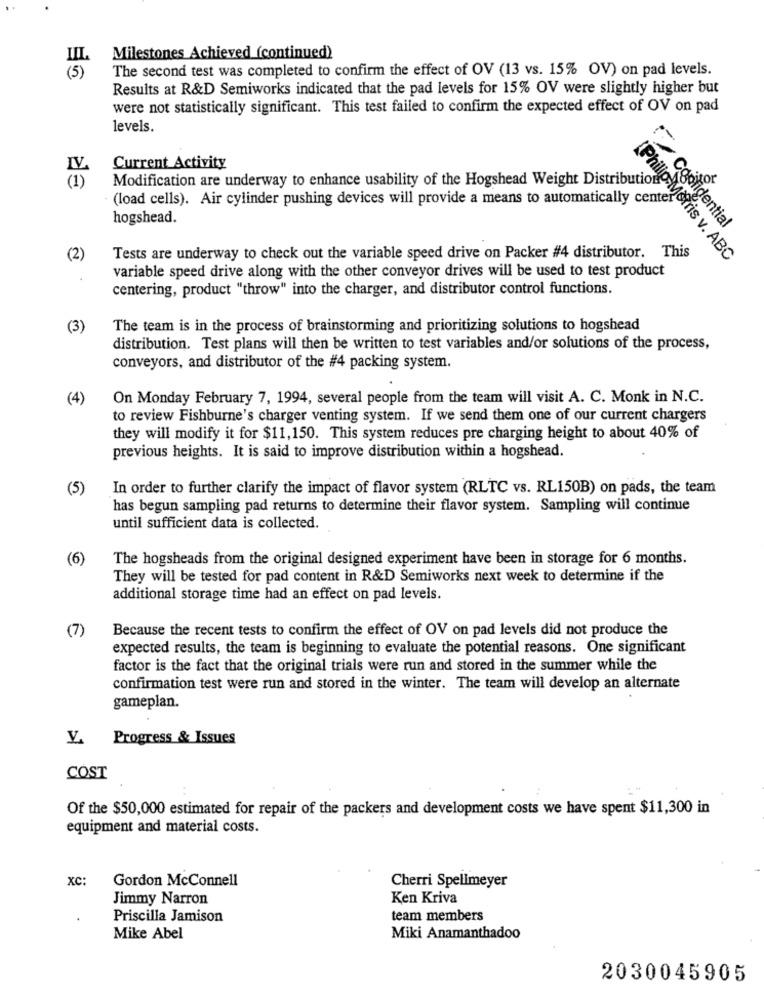
IIL
Milestones Achieved (continued)
The second test was completed to confirm the effect of OV (13 vs. 15% OV) on pad levels.
(5)
Results at R&D Semiworks indicated that the pad levels for 15% OV were slightly higher but
were not statistically significant. This test failed to confirm the expected effect of OV on pad
levels.
IV
Current Activity
Modification are underway to enhance usability of the Hogshead Weight Distribution
(load cells). Air cylinder pushing devices will provide a means to automatically center
hogshead.
Confidential
(2)
Tests are underway to check out the variable speed drive on Packer #4 distributor. This
[Philip Morris v. ABC
variable speed drive along with the other conveyor drives will be used to test product
centering, product "throw" into the charger, and distributor control functions.
(3)
The team is in the process of brainstorming and prioritizing solutions to hogshead
distribution. Test plans will then be written to test variables and/or solutions of the process,
conveyors, and distributor of the #4 packing system.
(4)
On Monday February 7, 1994, several people from the team will visit A. C. Monk in N.C.
to review Fishburne's charger venting system. If we send them one of our current chargers
they will modify it for $11,150. This system reduces pre charging height to about 40% of
previous heights. It is said to improve distribution within a hogshead.
(5)
In order to further clarify the impact of flavor system (RLTC vs. RL150B) on pads, the team
has begun sampling pad returns to determine their flavor system. Sampling will continue
until sufficient data is collected.
(6)
The hogsheads from the original designed experiment have been in storage for 6 months.
They will be tested for pad content in R&D Semiworks next week to determine if the
additional storage time had an effect on pad levels.
(7)
Because the recent tests to confirm the effect of OV on pad levels did not produce the
expected results, the team is beginning to evaluate the potential reasons. One significant
factor is the fact that the original trials were run and stored in the summer while the
confirmation test were run and stored in the winter. The team will develop an alternate
gameplan.
Y Progress & Issues
COST
Of the $50,000 estimated for repair of the packers and development costs we have spent $11,300 in
equipment and material costs.
XC:
Gordon McConnell
Cherri Spellmeyer
Jimmy Narron
Ken Kriva
Priscilla Jamison
team members
Mike Abel
Miki Anamanthadoo
2030045905